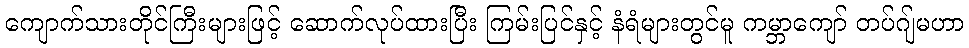
ကျောက်သားတိုင်ကြီးများဖြင့် ဆောက်လုပ်ထားပြီး ကြမ်းပြင်နှင့် နံရံများတွင်မူ ကမ္ဘာကျော် တပ်ဂျ်မဟာ